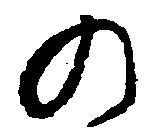
の